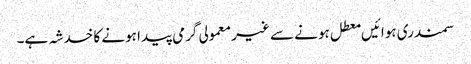
سمندری ہوائیں معطل ہونے سے غیر معمولی گرمی پیدا ہونے کا خدشہ ہے۔